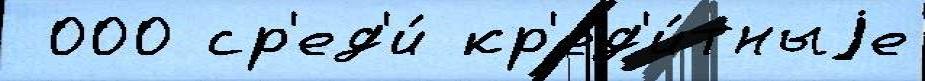
 000 ср'ед'и́ кр'ед'и́тныjе